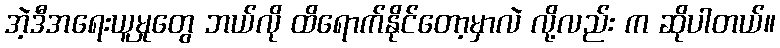
အဲ့ဒီအရေးယူမှုတွေ ဘယ်လို ထိရောက်နိုင်တော့မှာလဲ လို့လည်း က ဆိုပါတယ်။